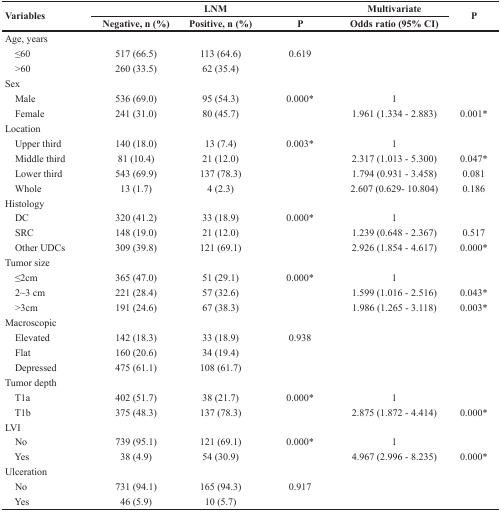
<table><thead><tr><td rowspan="2"><b>Variables</b></td><td colspan="3"><b>LNM</b></td><td><b>Multivariate</b></td><td rowspan="2"><b>P</b></td></tr><tr><td><b>Negative, n (%)</b></td><td><b>Positive, n (%)</b></td><td><b>P</b></td><td><b>Odds ratio (95% CI)</b></td></tr></thead><tbody><tr><td>Age, years</td><td></td><td></td><td></td><td></td><td></td></tr><tr><td> ≤60</td><td>517 (66.5)</td><td>113 (64.6)</td><td>0.619</td><td></td><td></td></tr><tr><td> &gt;60</td><td>260 (33.5)</td><td>62 (35.4)</td><td></td><td></td><td></td></tr><tr><td>Sex</td><td></td><td></td><td></td><td></td><td></td></tr><tr><td> Male</td><td>536 (69.0)</td><td>95 (54.3)</td><td>0.000*</td><td>1</td><td></td></tr><tr><td> Female</td><td>241 (31.0)</td><td>80 (45.7)</td><td></td><td>1.961 (1.334 - 2.883)</td><td>0.001*</td></tr><tr><td>Location</td><td></td><td></td><td></td><td></td><td></td></tr><tr><td> Upper third</td><td>140 (18.0)</td><td>13 (7.4)</td><td>0.003*</td><td>1</td><td></td></tr><tr><td> Middle third</td><td>81 (10.4)</td><td>21 (12.0)</td><td></td><td>2.317 (1.013 - 5.300)</td><td>0.047*</td></tr><tr><td> Lower third</td><td>543 (69.9)</td><td>137 (78.3)</td><td></td><td>1.794 (0.931 - 3.458)</td><td>0.081</td></tr><tr><td> Whole</td><td>13 (1.7)</td><td>4 (2.3)</td><td></td><td>2.607 (0.629- 10.804)</td><td>0.186</td></tr><tr><td>Histology</td><td></td><td></td><td></td><td></td><td></td></tr><tr><td> DC</td><td>320 (41.2)</td><td>33 (18.9)</td><td>0.000*</td><td>1</td><td></td></tr><tr><td> SRC</td><td>148 (19.0)</td><td>21 (12.0)</td><td></td><td>1.239 (0.648 - 2.367)</td><td>0.517</td></tr><tr><td> Other UDCs</td><td>309 (39.8)</td><td>121 (69.1)</td><td></td><td>2.926 (1.854 - 4.617)</td><td>0.000*</td></tr><tr><td>Tumor size</td><td></td><td></td><td></td><td></td><td></td></tr><tr><td> ≤2cm</td><td>365 (47.0)</td><td>51 (29.1)</td><td>0.000*</td><td>1</td><td></td></tr><tr><td> 2~3 cm</td><td>221 (28.4)</td><td>57 (32.6)</td><td></td><td>1.599 (1.016 - 2.516)</td><td>0.043*</td></tr><tr><td> &gt;3cm</td><td>191 (24.6)</td><td>67 (38.3)</td><td></td><td>1.986 (1.265 - 3.118)</td><td>0.003*</td></tr><tr><td>Macroscopic</td><td></td><td></td><td></td><td></td><td></td></tr><tr><td> Elevated</td><td>142 (18.3)</td><td>33 (18.9)</td><td>0.938</td><td></td><td></td></tr><tr><td> Flat</td><td>160 (20.6)</td><td>34 (19.4)</td><td></td><td></td><td></td></tr><tr><td> Depressed</td><td>475 (61.1)</td><td>108 (61.7)</td><td></td><td></td><td></td></tr><tr><td>Tumor depth</td><td></td><td></td><td></td><td></td><td></td></tr><tr><td> T1a</td><td>402 (51.7)</td><td>38 (21.7)</td><td>0.000*</td><td>1</td><td></td></tr><tr><td> T1b</td><td>375 (48.3)</td><td>137 (78.3)</td><td></td><td>2.875 (1.872 - 4.414)</td><td>0.000*</td></tr><tr><td>LVI</td><td></td><td></td><td></td><td></td><td></td></tr><tr><td> No</td><td>739 (95.1)</td><td>121 (69.1)</td><td>0.000*</td><td>1</td><td></td></tr><tr><td> Yes</td><td>38 (4.9)</td><td>54 (30.9)</td><td></td><td>4.967 (2.996 - 8.235)</td><td>0.000*</td></tr><tr><td>Ulceration</td><td></td><td></td><td></td><td></td><td></td></tr><tr><td> No</td><td>731 (94.1)</td><td>165 (94.3)</td><td>0.917</td><td></td><td></td></tr><tr><td> Yes</td><td>46 (5.9)</td><td>10 (5.7)</td><td></td><td></td><td></td></tr></tbody></table>